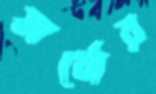
স্বার্থ্যের